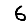
Digit: 6